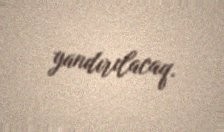
yandırılacaq.